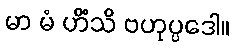
မာ မံ ဟိံသိ ဗဟုပ္ပဒေါ။